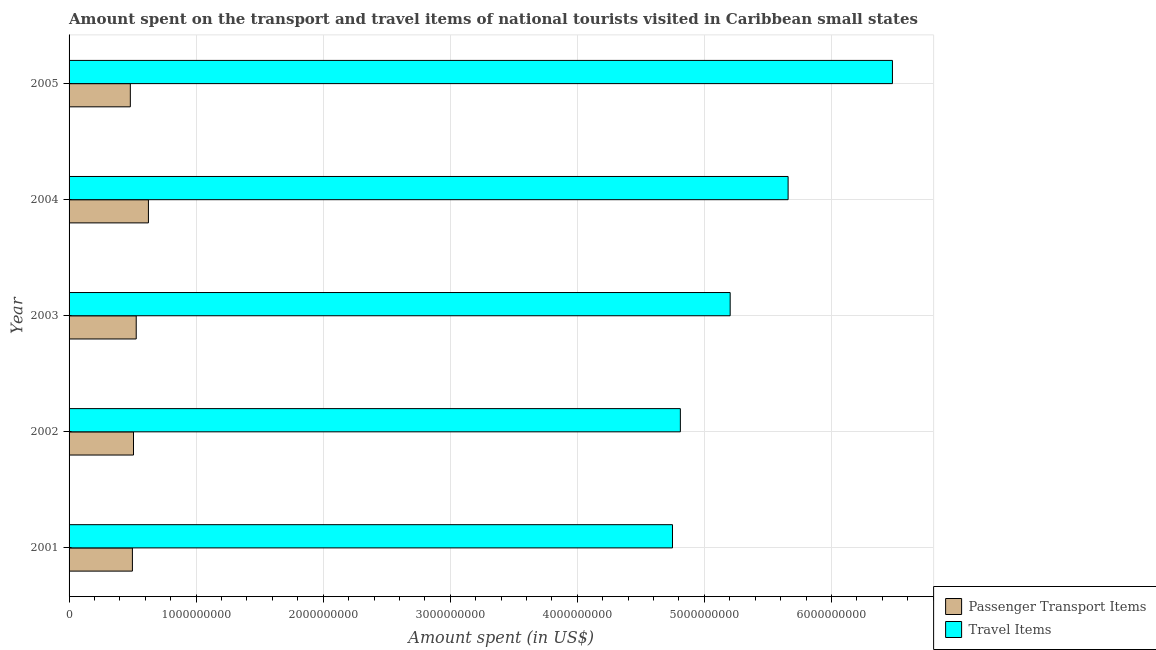
| Year | Passenger Transport Items | Travel Items |
 | --- | --- | --- |
 | 2001 | 4.98e+08 | 4.75e+09 |
 | 2002 | 5.07e+08 | 4.81e+09 |
 | 2003 | 5.29e+08 | 5.2e+09 |
 | 2004 | 6.25e+08 | 5.66e+09 |
 | 2005 | 4.82e+08 | 6.48e+09 |